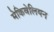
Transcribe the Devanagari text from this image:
मेकिवेलियन